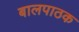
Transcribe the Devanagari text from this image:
बालपाठक